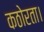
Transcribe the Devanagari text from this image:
कठोरता।